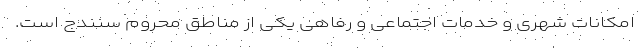
امکانات شهری و خدمات اجتماعی و رفاهی یکی از مناطق محروم سنندج است.